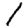
Digit: 1